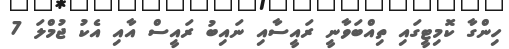
ހިންގާ ކޮމިޓީގައި ތިއްބަވާނީ ރައީސާއި ނައިބު ރައީސް އާއި އެކު ޖުމްލަ 7